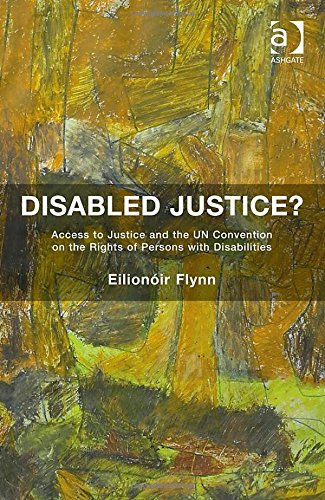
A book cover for Disabled Justice?: Access to Justice and the UN Convention on the Rights of Persons With Disabilities; Eilonoir Flynn; Law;